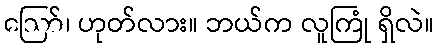
ဪ၊ ဟုတ်လား။ ဘယ်က လူကြုံ ရှိလဲ။